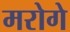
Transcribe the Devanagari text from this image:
मरोगे